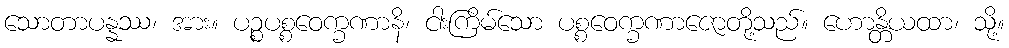
သောတာပန္နဿ၊ အား။ ပဉ္စပစ္စဝေက္ခဏာနိ၊ ငါးကြိမ်သော ပစ္စဝေက္ခဏာဇောတို့သည်။ ဟောန္တိယထာ၊ သို့။